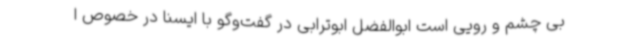
بی چشم و رویی است ابوالفضل ابوترابی در گفت‌وگو با ایسنا در خصوص ا